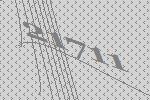
21711